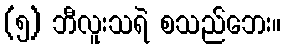
(၅) ဘီလူးသရဲ စသည်ဘေး။